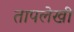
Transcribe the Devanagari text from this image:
तापलेखी